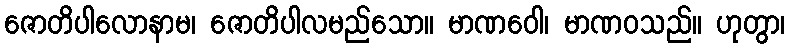
ဇောတိပါလောနာမ၊ ဇောတိပါလမည်သော။ မာဏဝေါ၊ မာဏဝသည်။ ဟုတွာ၊